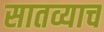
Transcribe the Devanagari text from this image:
सातव्याच